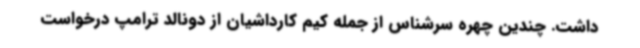
داشت. چندین چهره سرشناس از جمله کیم کارداشیان از دونالد ترامپ درخواست